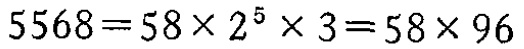
\(5568 = 58\times2^{5}\times3 = 58\times96\)